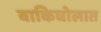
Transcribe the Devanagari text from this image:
वाकिघोलात